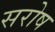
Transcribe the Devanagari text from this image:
सरोष